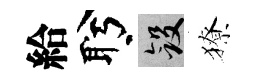
給盻斂獠